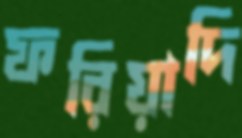
ফরিয়াদি